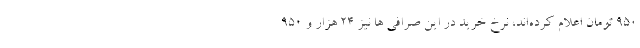
۹۵۰ تومان اعلام کرده‌اند، نرخ خرید در این صرافی ها نیز ۲۴ هزار و ۹۵۰